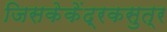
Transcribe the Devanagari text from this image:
जिसकेकेंद्रकसुत्र